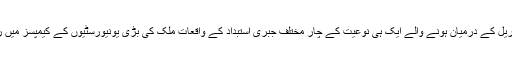
بارہ سے تیرہ اپریل کے درمیان ہونے والے ایک ہی نوعیت کے چار مختلف جبری استبداد کے واقعات ملک کی بڑی یونیورسٹیوں کے کیمپسز میں رونما ہوئے ہیں۔